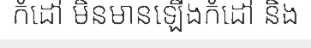
កំដៅ មិនមានឡើងកំដៅ និង